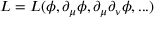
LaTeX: \cal L = \cal L ( \phi , \partial _ { \mu } \phi , \partial _ { \mu } \partial _ { \nu } \phi , . . . )